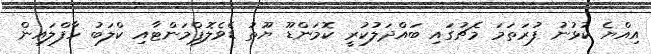
އިއްޔެ ކުޅުނު ފުރަތަމަ މެޗުގައި ބައްދަލުކުރީ ކޮމަންޑޫ ޔޫތު ޑެވެލޮޕްމަންޓާއި ކްލަބު ހާފްލައިން